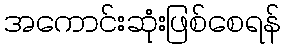
အကောင်းဆုံးဖြစ်စေရန်